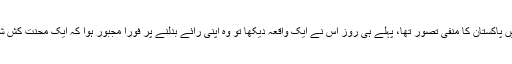
ایک مغربی ادیب کچھ برس قبل پاکستان پر ایک کتاب لکھنے یہاں آیا، اس کے ذہن میں پاکستان کا منفی تصور تھا، پہلے ہی روز اس نے ایک واقعہ دیکھا تو وہ اپنی رائے بدلنے پر فوراً مجبور ہوا کہ ایک محنت کش شخص ریلوے پھاٹک کے سامنے جب پہنچا تو ٹرین کی آمد کے سبب پھاٹک بند ہوگیا۔